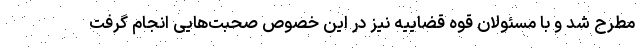
مطرح شد و با مسئولان قوه قضاییه نیز در این خصوص صحبت‌هایی انجام گرفت